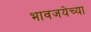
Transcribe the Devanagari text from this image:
भावजयेच्या